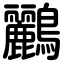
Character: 鸝